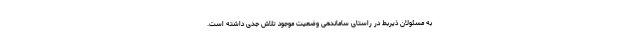
به مسئولان ذیربط در راستای ساماندهی وضعیت موجود تلاش جدی داشته است.